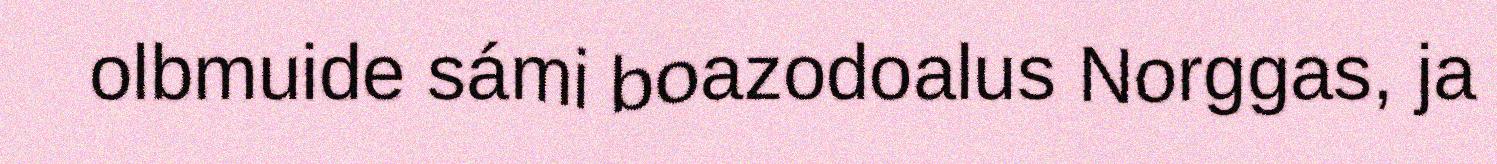
olbmuide sámi boazodoalus Norggas, ja